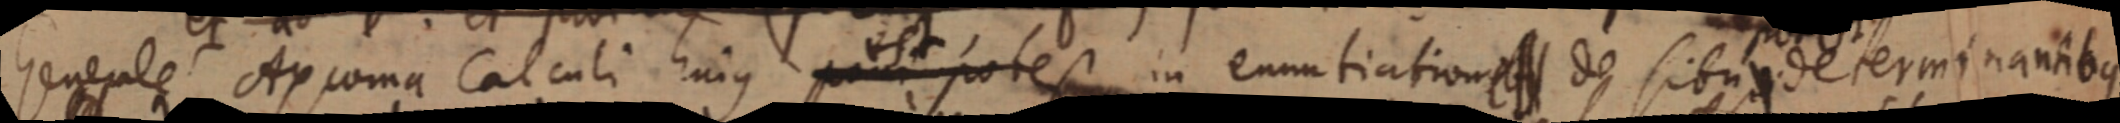
Generale Axioma Calculi hujus jam potest in enuntiation _ de situ determinantibus